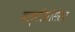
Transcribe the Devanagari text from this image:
मल्टीप्रोसेसर